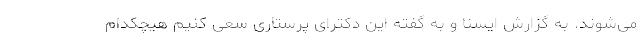
می‌شوند. به گزارش ایسنا و به گفته این دکترای پرستاری سعی کنیم هیچکدام